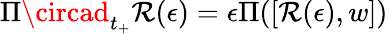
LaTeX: \Pi\circad_{t_{+}}\mathcal{R}(\epsilon)=\epsilon\Pi([\mathcal{R}(\epsilon),w])